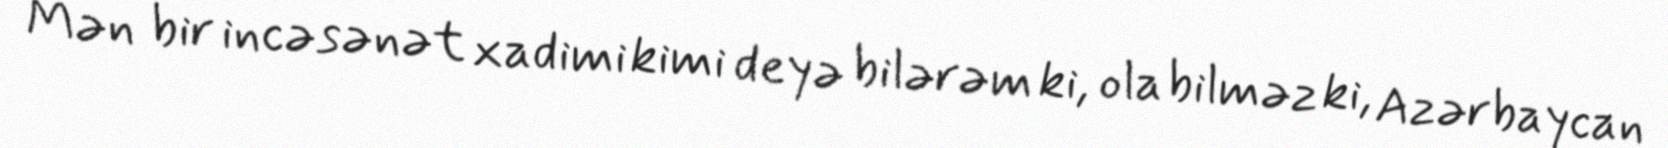
Mən bir incəsənət xadimi kimi deyə bilərəm ki, ola bilməz ki, Azərbaycan